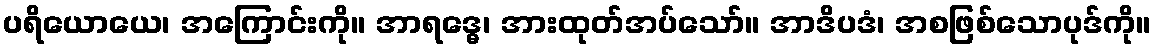
ပရိယောယေ၊ အကြောင်းကို။ အာရဒ္ဓေ၊ အားထုတ်အပ်သော်။ အာဒိပဒံ၊ အစဖြစ်သောပုဒ်ကို။